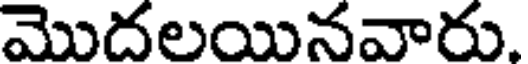
మొదలయినవారు.